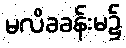
မလိခခန်းမ၌